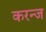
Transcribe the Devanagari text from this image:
करन्‍ज